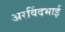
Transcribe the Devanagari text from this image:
अरविंदभाई